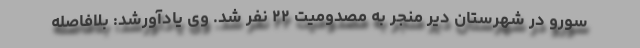
سورو در شهرستان دیر منجر به مصدومیت ۲۲ نفر شد. وی یادآورشد: بلافاصله